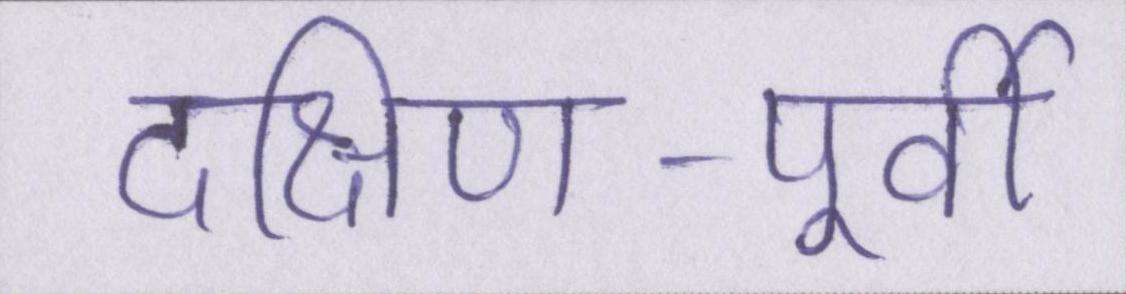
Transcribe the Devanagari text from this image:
दक्षिण-पूर्वी